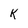
Character: k